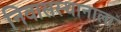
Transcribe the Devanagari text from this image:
निवासस्थानाला